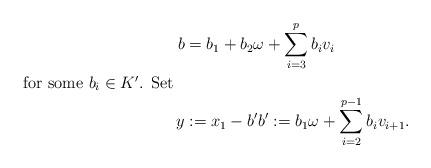
LaTeX: \begin{align*} b&=b_1 +b_2\omega + \sum_{i=3}^{p} b_iv_i\\ \shortintertext {for some $b_i\in K'$. Set} y&:=x_1 - b' b':=b_1 \omega + \sum _{i=2}^{p-1} b_i v_{i+1}. \end{align*}